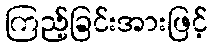
ကြည့်ခြင်းအားဖြင့်